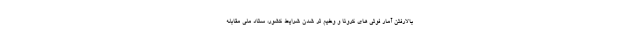
بالارفتن آمار فوتی های کرونا و وخیم تر شدن شرایط کشور، ستاد ملی مقابله